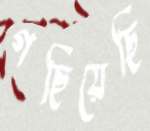
গছিয়েছি